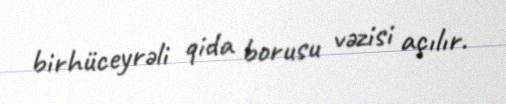
birhüceyrəli qida borusu vəzisi açılır.